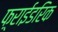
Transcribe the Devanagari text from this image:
फ़्राईडरिक